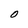
Character: O